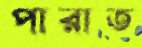
পারাত